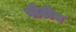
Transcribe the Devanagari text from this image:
पोटीन